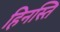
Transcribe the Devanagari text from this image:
हिनस्ति